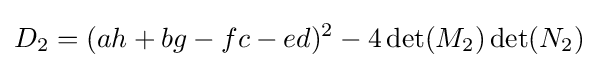
D_{2}=(ah+bg-fc-ed)^{2}-4\det(M_{2})\det(N_{2})